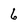
Character: 6